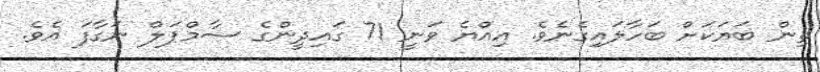
ތިން ބަޔަކަށް ބަހާލައިގެނެވެ. އިއްޔެ ވަނީ 71 ގައިދީންގެ ސާމްޕަލް ނަގާފަ އެވެ.